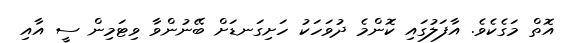
އޮތް މަގެކެވެ. އާފަލުގައި ކޮންމެ ދުވަހަކު ހަށިގަނޑަށް ބޭނުންވާ ވިޓަމިން ސީ އާއި